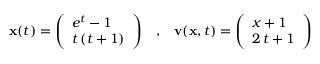
{ \mathbf x } ( t ) = \left( \begin{array} { l } { e ^ { t } - 1 } \\ { t \, ( t + 1 ) } \end{array} \right) \; \; \; , \; \; \; { \mathbf v } ( { \mathbf x } , t ) = \left( \begin{array} { l } { x + 1 } \\ { 2 \, t + 1 } \end{array} \right)